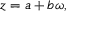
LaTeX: z = a + b \omega ,